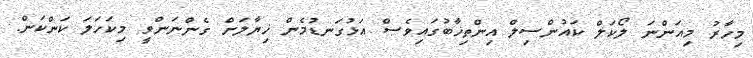
މިހާރު މިއަންނަ ލޯކަލް ކައުންސިލް އިންތިޚާބުގައިވެސް އަޅުގަނޑުމެން ޚިޔާލަށް ގެންނަންވީ މިކަހަލަ ކަންކަން.